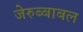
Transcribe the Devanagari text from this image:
जेरुब्बाबल